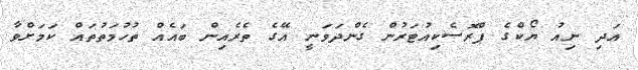
އަދި ނިއު ޔޯކްގެ ޕްރޮސެކިއުޓަރުން ގެންދަވަނީ އޭގެ ތެރެއިން ބައެއް ތުހުމަތުތައް ކަމަށްވާ